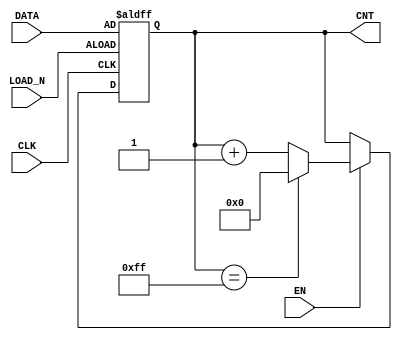
module counter(CLK,EN,LOAD_N,DATA,CNT);
input CLK,EN,LOAD_N;
input [7:0] DATA;
output reg [7:0] CNT;

initial begin
	CNT<=8'd0;
end

// 
always @(posedge CLK or negedge LOAD_N) begin
    if (!LOAD_N) begin
        CNT<=DATA;  
    end else if(EN) begin
		 if(CNT==8'd255) begin
			CNT<=8'd0;
		 end else begin
        CNT<=CNT+1'b1;
		 end
    end
end

endmodule